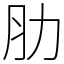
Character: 肋